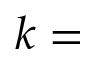
k =